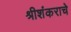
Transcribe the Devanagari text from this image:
श्रीशंकराचे